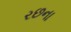
રછના